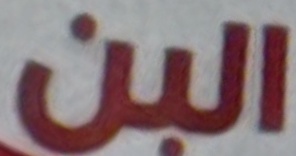
البن